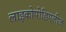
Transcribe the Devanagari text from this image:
लाइकोपोडिएलीज